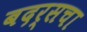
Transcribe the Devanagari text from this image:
बदर्सचा